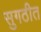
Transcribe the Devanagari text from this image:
सुगठीत